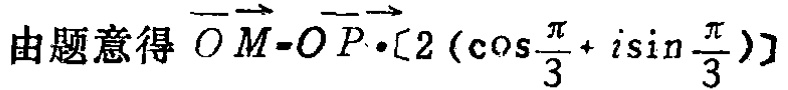
由题意得 $\overrightarrow{OM}=\overrightarrow{OP}\cdot[2(\cos\frac{\pi}{3}+i\sin\frac{\pi}{3})]$